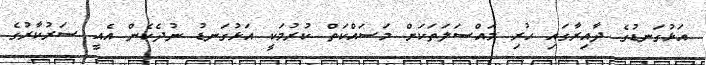
އަޅުގަނޑުގެ ދާއިރާގައި ހުރި މައްސަލަތަކަށް މަސައްކަތް ކުރުމަކީ އަޅުގަނޑު ނުދެކެން އެއީ ސަރުކާރުގެ